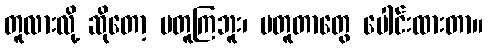
တူလားလို့ ဆိုတော့ မတူကြဘူး၊ မတူတာတွေ ပေါင်းထားတာ။